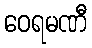
ဝေရမဏီ